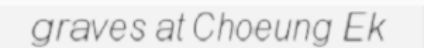
graves at Choeung Ek